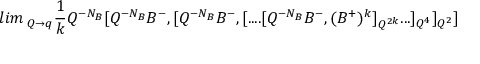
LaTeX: l i m \, _ { Q \rightarrow q } \frac 1 k Q ^ { - N _ { B } } [ Q ^ { - N _ { B } } B ^ { - } , [ Q ^ { - N _ { B } } B ^ { - } , [ . . . . [ Q ^ { - N _ { B } } B ^ { - } , ( B ^ { + } ) ^ { k } ] _ { Q ^ { 2 k } } . . . ] _ { Q ^ { 4 } } ] _ { Q ^ { 2 } } ]